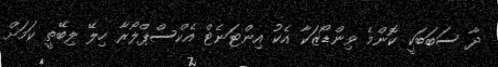
ދާ ސަބަބަކީ ކޮންމެ ވިންޑޯޒަކާ އެކު އިންޓަނެޓް އެކްސްޕްލޯރާ ހިލޭ ލިބޭތީ ކަމަށް